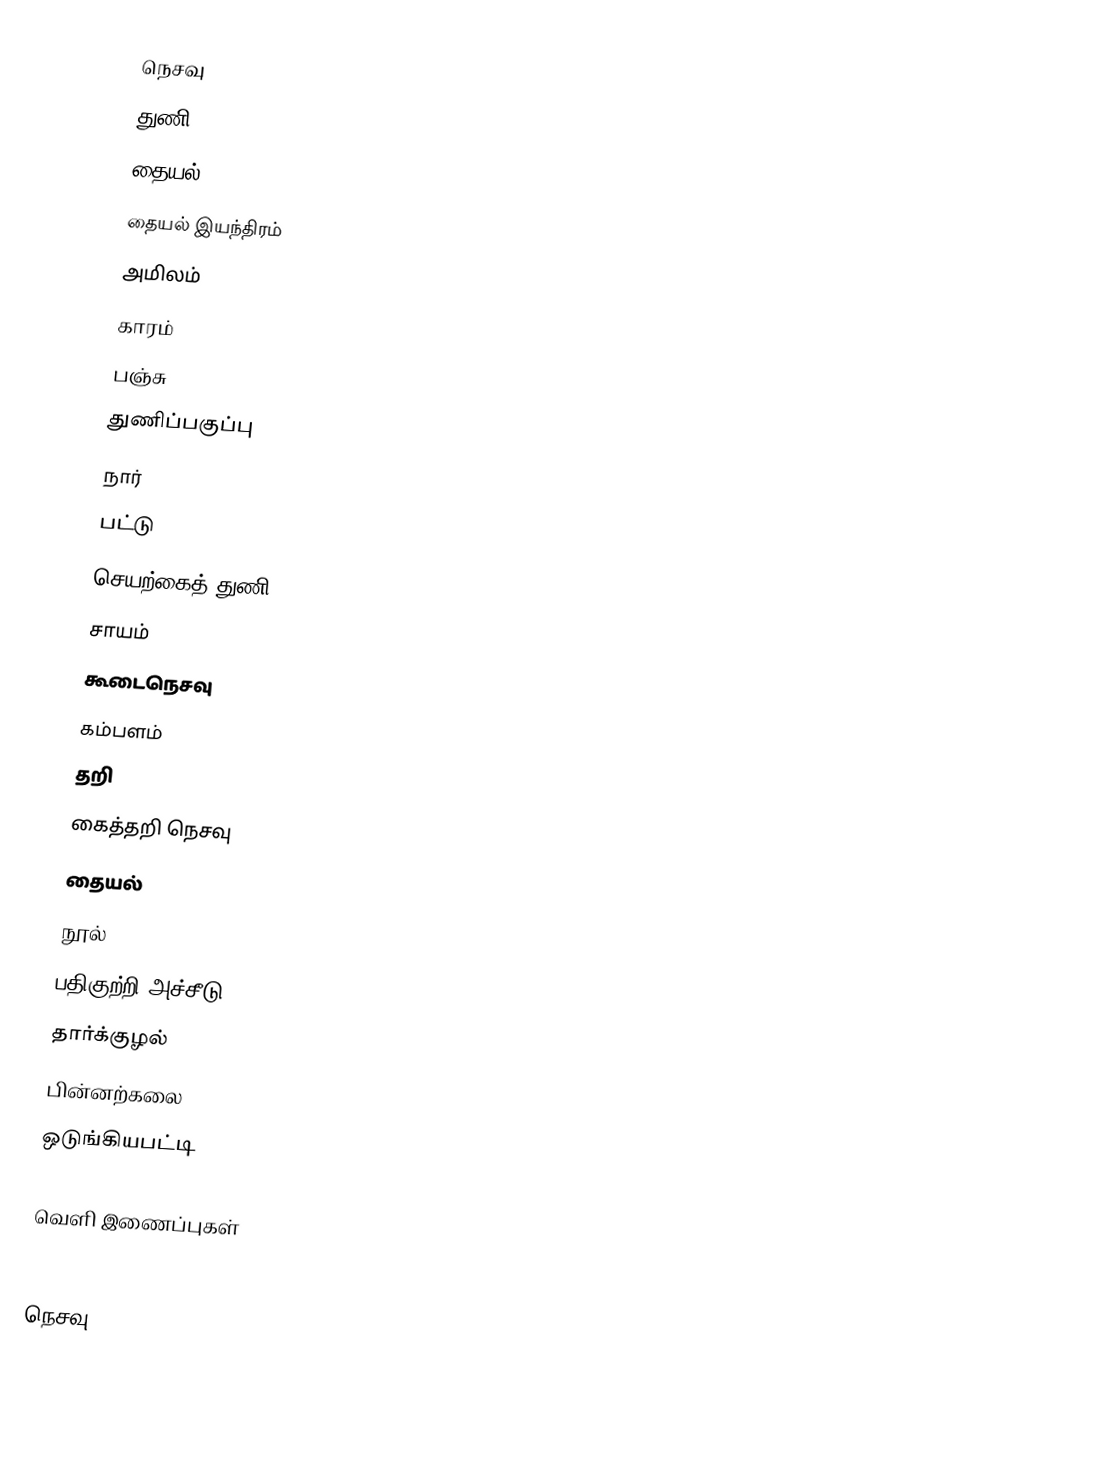
நெசவு
 துணி
 தையல்
 தையல் இயந்திரம்
 அமிலம்
 காரம்
 பஞ்சு
 துணிப்பகுப்பு
 நார்
 பட்டு
 செயற்கைத் துணி
 சாயம்
 கூடைநெசவு
 கம்பளம்
 தறி
 கைத்தறி நெசவு
 தையல்
 நூல்
 பதிகுற்றி அச்சீடு
 தார்க்குழல்
 பின்னற்கலை
 ஒடுங்கியபட்டி

வெளி இணைப்புகள்
 http://noolaham.net/project/19/1839/1839.pdf

நெசவு